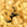
نحن